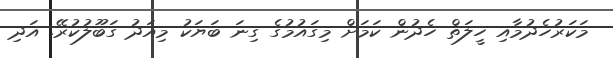
މަކަރުހެދުމާއި ހީލަތް ހެދުން ކަމަށް މިގައުމުގެ ގިނަ ބަޔަކު މިއަދު ގަބޫލުކުރޭ. އަދި